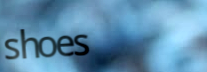
shoes